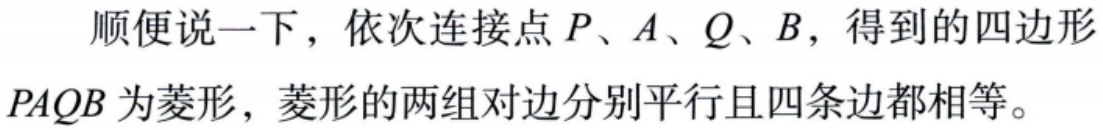
顺便说一下，依次连接点\(P\)、\(A\)、\(Q\)、\(B\)，得到的四边形\(PAQB\)为菱形，菱形的两组对边分别平行且四条边都相等。